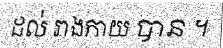
ដល់ រាងកាយ បាន ។